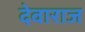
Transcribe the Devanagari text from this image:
देवाराज